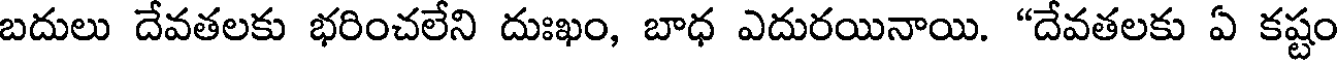
బదులు దేవతలకు భరించలేని దుఃఖం, బాధ ఎదురయినాయి. "దేవతలకు ఏ కష్టం